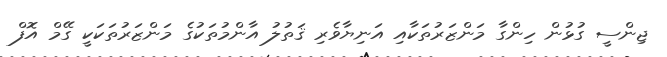
ޖިންސީ ގުޅުން ހިންގާ މަންޒަރުތަކާއި އަނިޔާވެރި ޤަތުލު އާންމުތަކުގެ މަންޒަރުތަކަކީ ގޭމް އޮފް